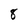
Character: 8